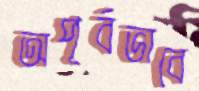
অপূর্বভাবে